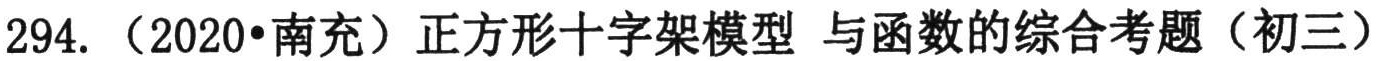
294. （2020•南充）正方形十字架模型 与函数的综合考题（初三）